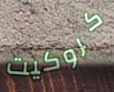
كروكيت